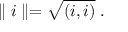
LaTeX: \parallel i \parallel = \sqrt { \left( i , i \right) } \; .